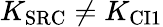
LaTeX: K_{\mathrm{SRC}}\neq K_{\mathrm{CI1}}